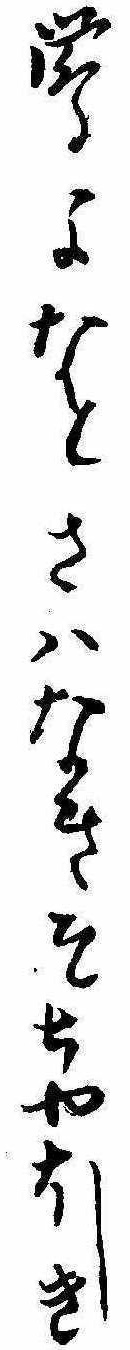
鴬よなとさはなきそちやほしき